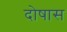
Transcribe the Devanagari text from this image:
दोषास